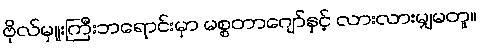
ဗိုလ်မှူးကြီးဘရောင်းမှာ မစ္စတာဂျော်နှင့် လားလားမျှမတူ။